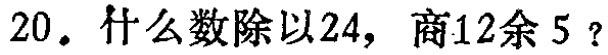
20. 什么数除以24，商12余5？